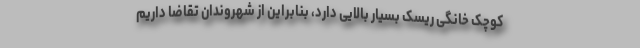
کوچک خانگی ریسک بسیار بالایی دارد، بنابراین از شهروندان تقاضا داریم